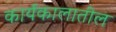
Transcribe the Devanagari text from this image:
कार्यकालातील